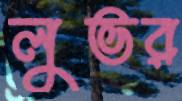
লুভর